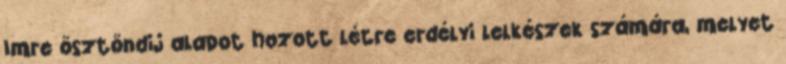
Imre ösztöndij alapot hozott létre erdélyi lelkészek számára, melyet